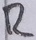
Text: R